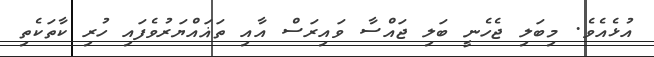
އުޅެއެވެ. މިބަލި ޖެހެނީ ބަލި ޖައްސާ ވައިރަސް އާއި ތަޣައްޔަރުވެފައި ހުރި ކާތަކެތި